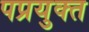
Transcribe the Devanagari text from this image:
पप्रयुक्त